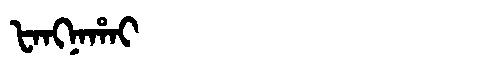
Manchu: ᡶᠠᠩᠨᠠᡥᠠᡳ
Romanization: FANGNAHAI